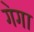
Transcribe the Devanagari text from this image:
ग॓गा